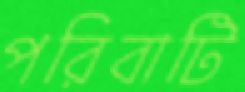
পরিবাটি